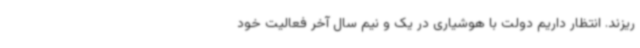
ریزند. انتظار داریم دولت با هوشیاری در یک و نیم سال آخر فعالیت خود